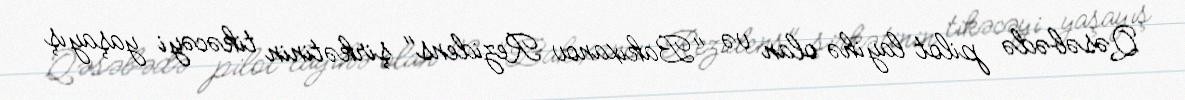
Qəsəbədə pilot layihə olan və "Bakıxanov Rezidens" şirkətinin tikəcəyi yaşayış